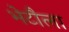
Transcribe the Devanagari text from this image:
भेटौला